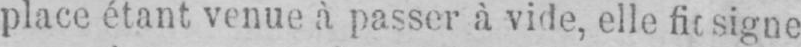
place étant venue à passer à vide, elle fir signe